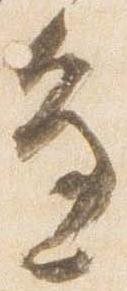
辺